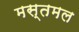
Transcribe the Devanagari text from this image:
मस्तमल